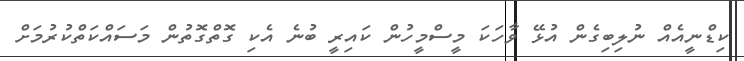
ކިޑްނީއެއް ނުލިބިގެން އުޅޭ ވާހަކަ މީސްމީހުން ކައިރީ ބުނެ އެކި ގޮތްގޮތުން މަސައްކަތްކުރުމަށް